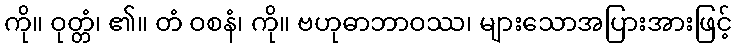
ကို။ ဝုတ္တံ၊ ၏။ တံ ဝစနံ၊ ကို။ ဗဟုဓာဘာဝဿ၊ များသောအပြားအားဖြင့်